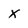
Character: X